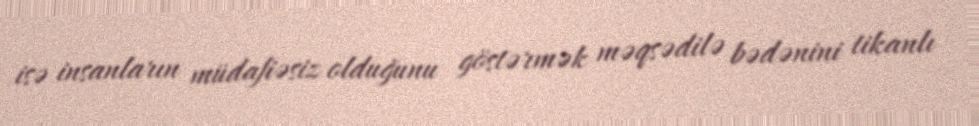
isə insanların müdafiəsiz olduğunu göstərmək məqsədilə bədənini tikanlı